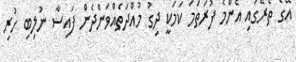
އޭގެ ތެރޭގައި އެންމެ ފުރަތަމަ ކަމަކީ ދިގު މުއްދަތެއްވަންދެން ފައިސާ ނުލިބި ހުރި